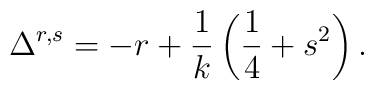
\Delta ^{r,s}=-r+\frac 1k\left( \frac 14+s^2\right) .